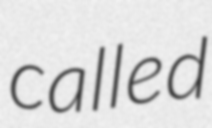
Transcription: called